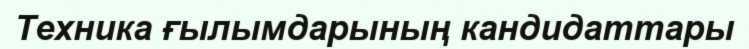
Техника ғылымдарының кандидаттары